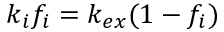
k _ { i } f _ { i } = k _ { e x } ( 1 - f _ { i } )